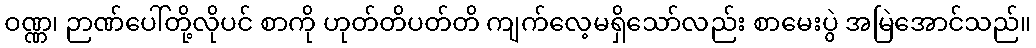
ဝဏ္ဏ၊ ဉာဏ်ပေါ်တို့လိုပင် စာကို ဟုတ်တိပတ်တိ ကျက်လေ့မရှိသော်လည်း စာမေးပွဲ အမြဲအောင်သည်။